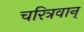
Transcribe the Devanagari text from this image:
चरित्रवान्‌